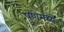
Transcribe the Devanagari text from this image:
पुणेमध्ये